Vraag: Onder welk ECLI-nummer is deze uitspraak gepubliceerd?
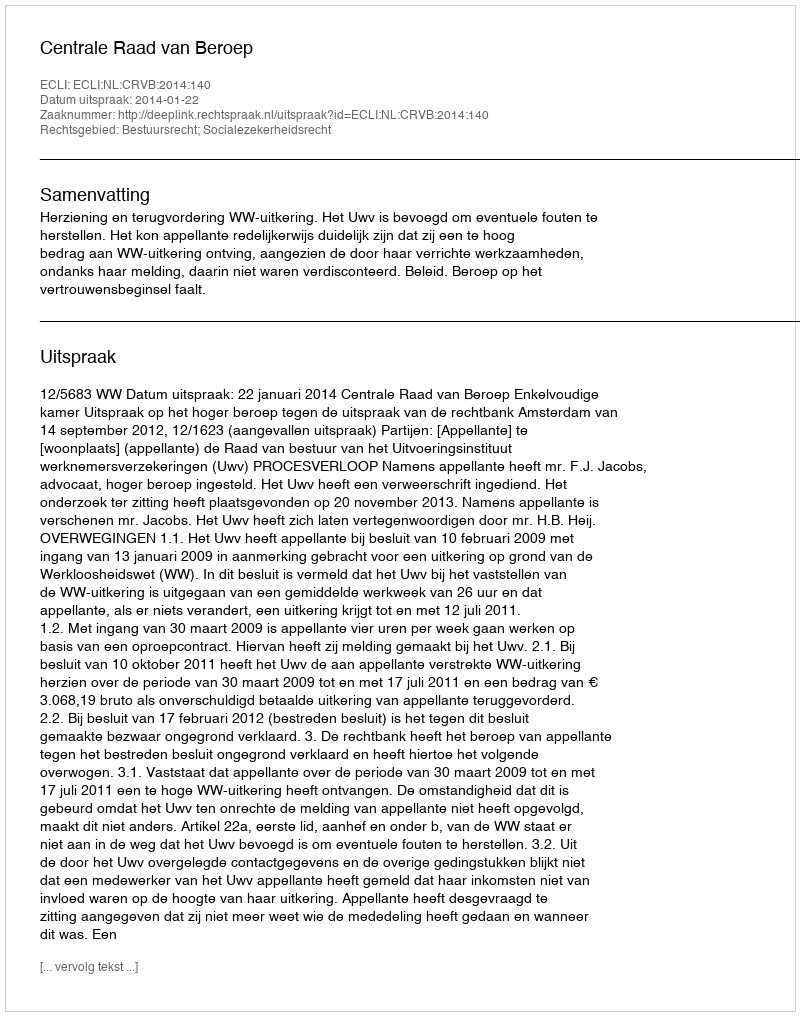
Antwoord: ECLI:NL:CRVB:2014:140